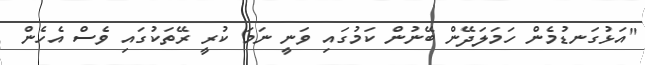
"އަޅުގަނޑުމެން ހަމަލަދޭން ބޭނުން ކަމުގައި ވަނީ ނަމަ ކުރީ ރޭތަކުގައި ވެސް އެހެން